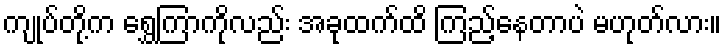
ကျုပ်တို့က ရွှေကြာကိုလည်း အခုထက်ထိ ကြည့်နေတာပဲ မဟုတ်လား။